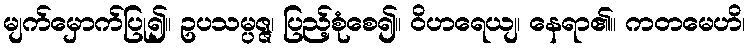
မျက်မှောက်ပြု၍။ ဥပသမ္ပဇ္ဇ၊ ပြည့်စုံစေ၍။ ဝိဟရေယျ၊ နေရာ၏။ ကတမေဟိ၊